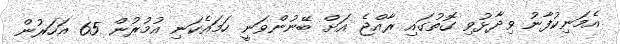
އެމަނިކުފާނު ވިދާޅުވި ގޮތުގައި ރާއްޖެ އަށް ބޭނުންވަނީ ހަމައެކަނި އުމުރުން 65 އަހަރުން